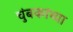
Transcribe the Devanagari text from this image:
चुंबकांच्या